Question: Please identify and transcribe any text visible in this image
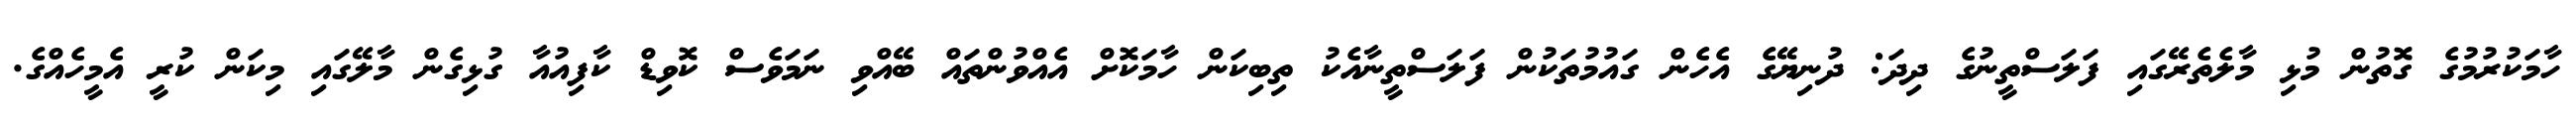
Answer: ހާމަކުރުމުގެ ގޮތުން މުޅި މާލެތެރޭގައި ފަލަސްތީނުގެ ދިދަ: ދުނިޔޭގެ އެހެން ގައުމުތަކުން ފަލަސްތީނާއެކު ތިބިކަން ހާމަކޮށް އެއްވުންތައް ބޭއްވި ނަމަވެސް ކޮވިޑް ކާފިއުއާ ގުޅިގެން މާލޭގައި މިކަން ކުރީ އެމީހެއްގެ.